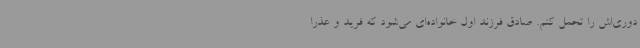
دوری‌اش را تحمل کنم. صادق فرزند اول خانواده‌ای می‌شود که فرید و عذرا